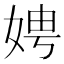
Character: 娉